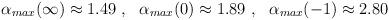
LaTeX: \begin{align*}\alpha_{max}(\infty)\approx 1.49 \ , \ \ \alpha_{max}(0)\approx 1.89\ , \ \ \alpha_{max}(-1)\approx 2.80\end{align*}